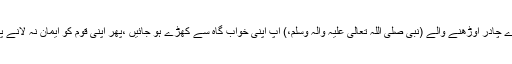
} اس آیت کا ایک معنی یہ ہے کہ اے چادر اوڑھنے والے (نبی صَلَّی اللّٰہُ تَعَالٰی عَلَیْہِ وَاٰلِہٖ وَسَلَّمَ،) آپ اپنی خواب گاہ سے کھڑے ہو جائیں ،پھر اپنی قوم کو ایمان نہ لانے پر اللّٰہ تعالیٰ کے عذاب سے ڈرائیں ۔